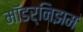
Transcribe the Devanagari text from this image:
मॉडर्निझम